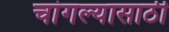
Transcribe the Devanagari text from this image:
चांगल्यासाठी